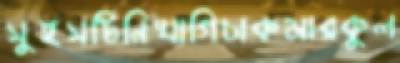
সুইসটিনিখাগিচাকমারকুল